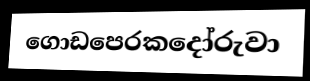
ගොඩපෙරකදෝරුවා